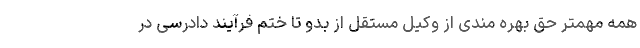
همه مهمتر حق بهره مندی از وکیل مستقل از بدو تا ختم فرآیند دادرسی در